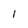
Character: 1